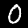
Label: 0